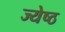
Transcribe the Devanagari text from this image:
ज्‍येष्‍ठ